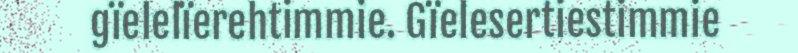
gïelelïerehtimmie. Gïelesertiestimmie